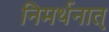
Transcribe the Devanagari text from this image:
निमर्थनात्